Report on the administration of the Government Cinchona Department 1892-98
Year: 1892
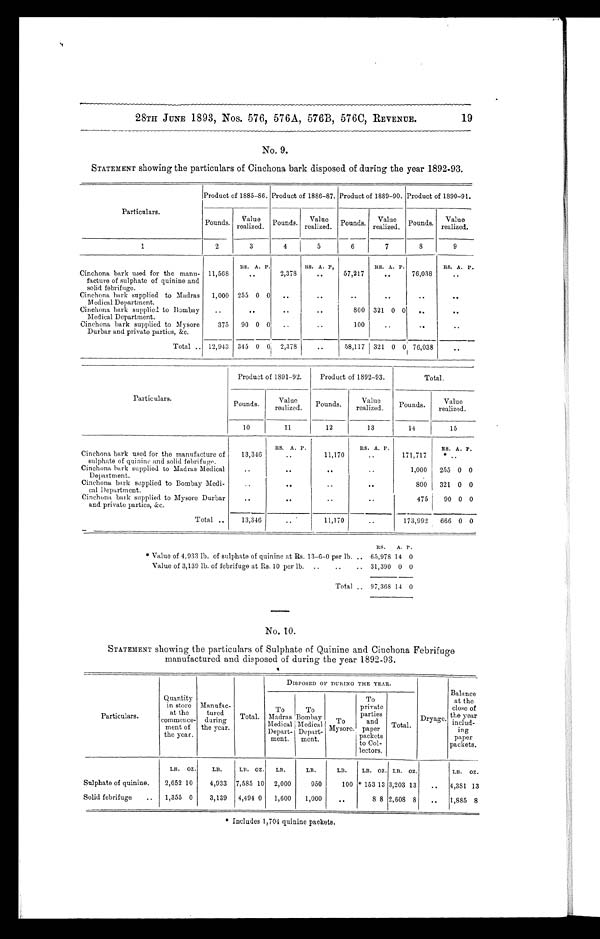
19
28TH JUNE 1893, Nos. 576, 576A, 576B, 576C, REVENUE.
No. 9.
STATEMENT showing the particulars of Cinchona bark disposed of during the year 1892-93.
Particulars.
Product of 1885-86. Product of 1886-87. Product of 1889-90. Product of 1890-91.
Pounds.
Value
realized.
Pounds.
Value
realized. Pounds.
Value
realized.
Pounds.
Value
realized.
1
2
3
4
5
6
7
8
9
RS.. A. P.
RS.. A. P.,
RS. A. P.
RS. A. P.
Cinchona bark used for the manu-
facture of sulphate of quinine and
solid febrifuge.
11,568
. . . 2,378
. . .
57,217
. . .
76,038
. . .
Cinchona bark supplied to Madras
Medical Department.
1,000 255 0 0
. . .
. . .
. . .
. . .
. . .
. . .
Cinchona bark supplied to Bombay
Medical Department.
. . .
. . .
. . .
. . .
800 321 0 0
. . .
. . .
Cinchona bark supplied to Mysore
Durbar and private parties, &c.
375
90 0 0
. . .
. . .
100
. . .
. . .
. . .
Total . . . 12,943 345 0 0 2,378
. . .
58,117 321 0 0 76,038
. . .
Particulars.
Product of 1891-92.
Product of 1892-93.
Total.
Pounds.
Value
realized.
Pounds.
Value
realized.
Pounds.
Value
realized.
10
11
12
13
14
15
R S . A. P.
R.S. A. P.
R S . A. P.
Cinchona bark used for the manufacture of
sulphate of quinine and solid febrifuge.
13,346
. . .
11,170
. . .
171,717
. . .
Cinchona bark supplied to Madras Medical
Department.
. . .
. . .
. . .
. . .
1,000
255 0 0
Cinchona bark supplied to Bombay Medi -
cal Department.
. . .
. . .
. . .
. . .
800
321 0 0
Cinchona bark supplied to Mysore Durbar
and private parties, &c.
. . .
. . .
. . .
. . .
475
90 0 0
Total . . .
13,346
. . .
11,170
. . .
173,992
666 0 0
RS.
A. P.
* Value of 4,933 lb. of sulphate of quinine at Rs. 13-6-0 per lb. . . . 65,978 14 0
Value of 3,139 lb. of febrifuge at Rs. 10 per lb. . . . 31,390 0 0
Total. . . . 97,368 14 0
No. 10.
STATEMENT showing the particulars of Sulphate of Quinine and Cinchona Febrifuge
manufactured and disposed of during the year 1892-93.
Particulars.
Quantity
in store
at the
commence-
ment of
the year.
Manufac-
tured
during
the year.
Total.
DISPOSED OF DURING THE YEAR.
Dryage.
Balance
at the
close of
the year
includ
-
ing
paper
packets.
To
Madras
Medical
Depart-
ment.
To
Bombay
Medical
Depart-
ment.
To
Mysore.
To
private
parties
and
paper
packets
to Col-
lectors.
Total.
LB. OZ.
LB.
LB.
O Z .
LB.
LB.
LB.
LB. OZ. LB.
O Z .
LB.
OZ.
Sulphate of quinine.
2,652 10
4,933 7,585 10 2,000
950
100 * 153 13 3,203 13
. . . 4,381 13
Solid febrifuge . . .
1,355 0
3,139
4,494 0
1,600
1,000
. . .
8 8 2,608 8
. . .
1,885 8
* Includes 1,704 quinine packets.